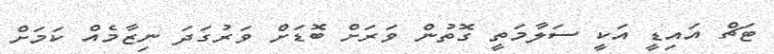
ޓަޗް އައިޑީ އަކީ ސަލާމަތީ ގޮތުން ވަރަށް ބޮޑަށް ވަރުގަދަ ނިޒާމެއް ކަމަށް